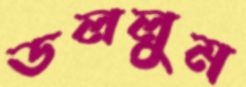
ডললুম